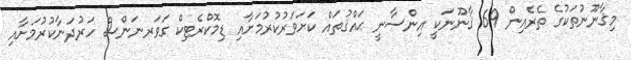
މިޤާނޫނުތަކުގެ ތެރެއިން 69 ޤާނޫނަކީ އިންސާނީ ޙައްޤުތައް ކަށަވަރުކުރުމަށާއި ޑިމޮކްރެޓިކް ގަވަރނަންސް ހަރުދަނާކުރުމަށާއި